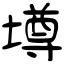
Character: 壿